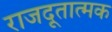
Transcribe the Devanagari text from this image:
राजदूतात्मक